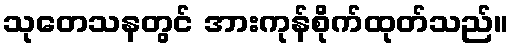
သုတေသနတွင် အားကုန်စိုက်ထုတ်သည်။